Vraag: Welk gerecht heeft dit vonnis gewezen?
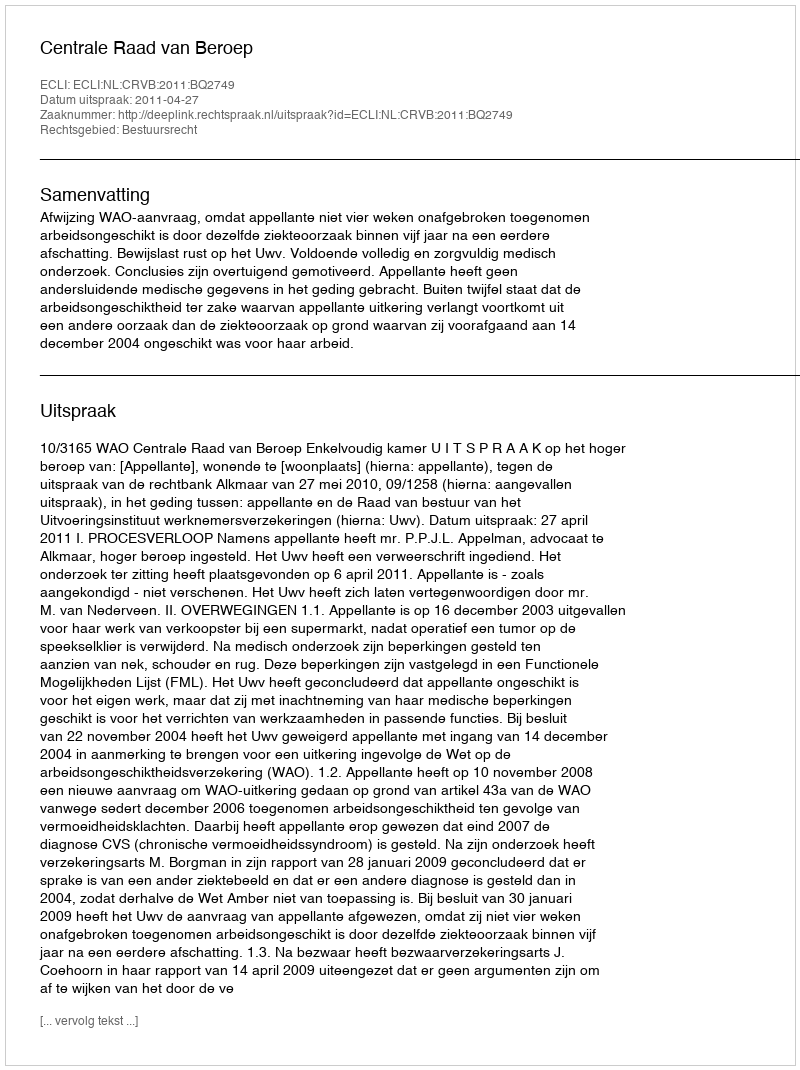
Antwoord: Centrale Raad van Beroep